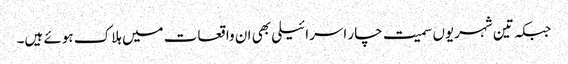
جبکہ تین شہریوں سمیت چار اسرائیلی بھی ان واقعات میں ہلاک ہوئے ہیں۔